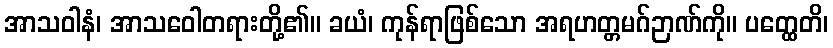
အာသဝါနံ၊ အာသဝေါတရားတို့၏။ ခယံ၊ ကုန်ရာဖြစ်သော အရဟတ္တမဂ်ဉာဏ်ကို။ ပတ္ထေတိ၊